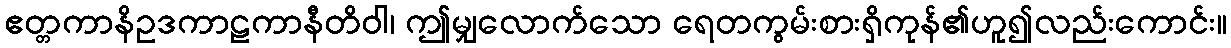
ဧတ္တကာနိဥဒကာဠကာနီတိဝါ၊ ဤမျှလောက်သော ရေတကွမ်းစားရှိကုန်၏ဟူ၍လည်းကောင်း။